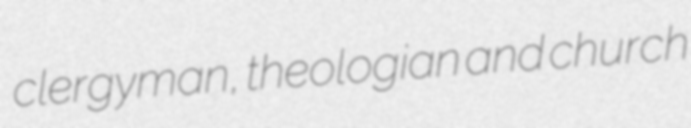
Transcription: clergyman, theologian and church